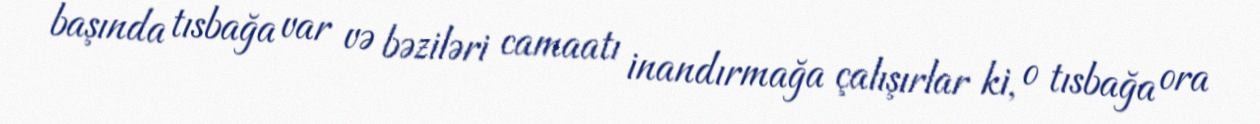
başında tısbağa var və bəziləri camaatı inandırmağa çalışırlar ki, o tısbağa ora